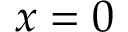
x = 0